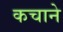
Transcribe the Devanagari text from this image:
कचाने